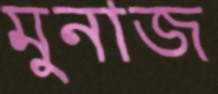
মুনাজ